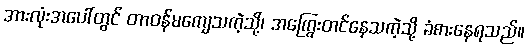
အားလုံးအပေါ်တွင် တာဝန်မကျေသကဲ့သို့၊ အကြွေးတင်နေသကဲ့သို့ ခံစားနေရသည်။